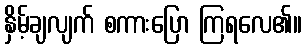
နှိမ့်ချလျက် စကားပြော ကြရလေ၏။